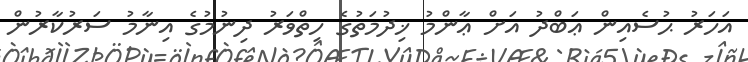
އަހަރު ޙުސެއިން ޢަބްދު އަށް ޢާންމު ޚިދުމަތުގެ ހިތްވަރު ދިނުމުގެ އިނާމު ސަރުކާރުން